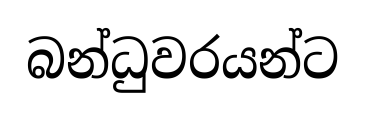
බන්ධුවරයන්ට